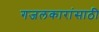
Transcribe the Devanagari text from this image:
गजलकारांसाठी